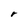
Character: r